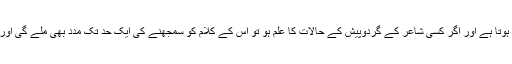
بلاشبہ جذبہ و تخیل پر خارجی (بیرونی) حالات کا اثر ہوتا ہے اور اگر کسی شاعر کے گردوپیش کے حالات کا علم ہو تو اس کے کلام کو سمجھنے کی ایک حد تک مدد بھی ملے گی اور تبدیلی حالات شاعر کے تجربوں پر اثر انداز ہوتا ہے۔